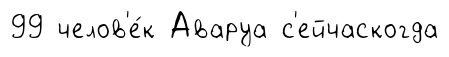
99 челов'е́к Аваруа с'ейчаскогда